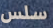
سلس